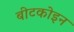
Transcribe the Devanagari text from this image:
बीटकोइन